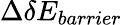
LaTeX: \Delta\delta E_{barrier}